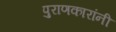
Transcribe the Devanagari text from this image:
पुराणकारांनी